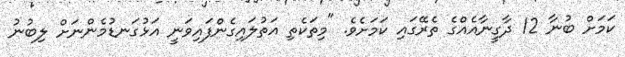
ކަމަށް ބުނާ 12 ދާގީނާއެއްގެ ތެރޭގައި ކަމަށެވެ. "މިތަކެތި އަތުލައިގެންފައިވަނީ އަޅުގަނޑުމެންނަށް ލިބުނު